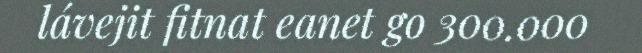
lávejit fitnat eanet go 300.000